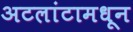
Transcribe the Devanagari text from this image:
अटलांटामधून